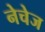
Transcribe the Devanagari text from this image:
नेचेज